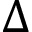
\Delta